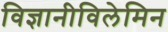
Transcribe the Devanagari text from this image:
विज्ञानीविलेमिन